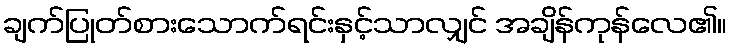
ချက်ပြုတ်စားသောက်ရင်းနှင့်သာလျှင် အချိန်ကုန်လေ၏။